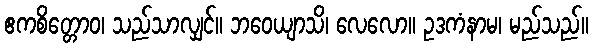
ဧကစိတ္တောဝ၊ သည်သာလျှင်။ ဘဝေယျာသိ၊ လေလော။ ဥဒကံနာမ၊ မည်သည်။